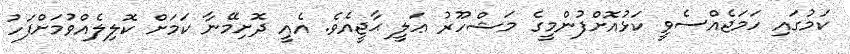
ކަމުގައި ހަމަޖެއްސެވީ ކަޅުއޮށްފުންމީގެ މަޝްހޫރު ޢަލީ ޙާޖީއެވެ. އެއީ ދޮށިމޭނާ ކަމަށް ކޮލިލެއްވުމަށްފަހު